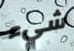
شيء